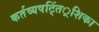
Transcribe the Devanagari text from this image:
कर्तव्यषट्तिं्रशिका